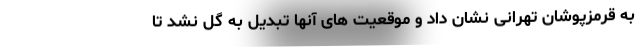
به قرمزپوشان تهرانی نشان داد و موقعیت‌ های آنها تبدیل به گل نشد تا